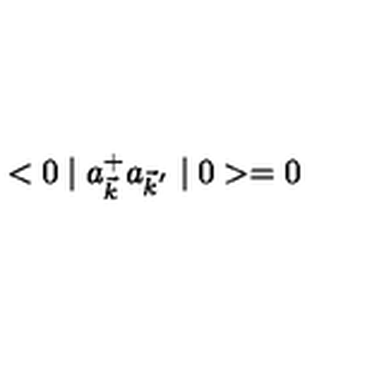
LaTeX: < 0 \mid a _ { \vec { k } } ^ { + } a _ { { \vec { k } } ^ { ' } } \mid 0 > = 0